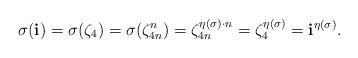
LaTeX: \begin{align*}\sigma(\mathbf{i})=\sigma(\zeta_4)=\sigma(\zeta_{4n}^n)=\zeta_{4n}^{\eta(\sigma)\cdot n}=\zeta_{4}^{\eta(\sigma)}=\mathbf{i}^{\eta(\sigma)}. \end{align*}